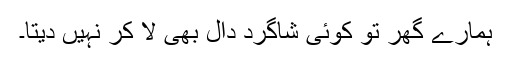
ہمارے گھر تو کوئی شاگرد دال بھی لا کر نہیں دیتا۔